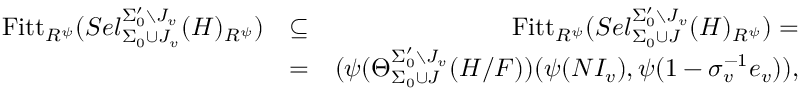
\begin{array} { r l r } { \mathrm { F i t t } _ { { R ^ { \psi } } } ( S e l _ { \Sigma _ { 0 } \cup J _ { v } } ^ { \Sigma _ { 0 } ^ { \prime } \setminus J _ { v } } ( H ) _ { R ^ { \psi } } ) } & { \subseteq } & { \mathrm { F i t t } _ { R ^ { \psi } } ( S e l _ { \Sigma _ { 0 } \cup J } ^ { \Sigma _ { 0 } ^ { \prime } \setminus J _ { v } } ( H ) _ { R ^ { \psi } } ) = } \\ & { = } & { ( \psi ( \Theta _ { \Sigma _ { 0 } \cup J } ^ { \Sigma _ { 0 } ^ { \prime } \setminus J _ { v } } ( H / F ) ) ( \psi ( N I _ { v } ) , \psi ( 1 - \sigma _ { v } ^ { - 1 } e _ { v } ) ) , } \end{array}